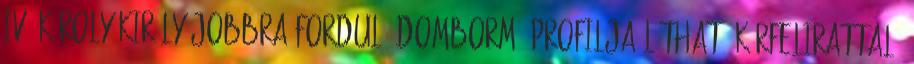
IV. Károly király jobbra forduló dombormű profilja látható körfelirattal.